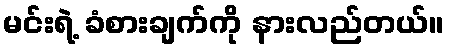
မင်းရဲ့ ခံစားချက်ကို နားလည်တယ်။